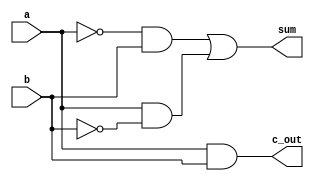
module halfadd(sum, c_out, a, b);

    input a, b;
    output sum, c_out;

    assign sum = (~a && b) || (a && ~b);
    assign c_out = (a && b);

endmodule